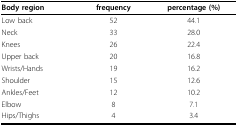
| Body region | frequency | percentage (%) |
 | --- | --- | --- |
 | Low back | 52 | 44.1 |
 | Neck | 33 | 28.0 |
 | Knees | 26 | 22.4 |
 | Upper back | 20 | 16.8 |
 | Wrists/Hands | 19 | 16.2 |
 | Shoulder | 15 | 12.6 |
 | Ankles/Feet | 12 | 10.2 |
 | Elbow | 8 | 7.1 |
 | Hips/Thighs | 4 | 3.4 |